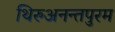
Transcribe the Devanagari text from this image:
थिरुअनन्तपुरम